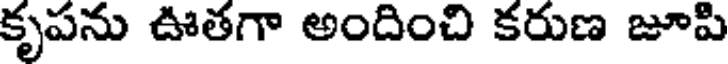
కృపను ఊతగా అందించి కరుణ జూపి